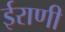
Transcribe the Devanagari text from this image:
ईराणी